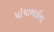
પોપાબાઇના